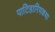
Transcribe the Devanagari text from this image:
पाटिहारियकथा